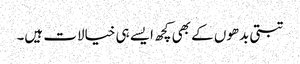
تبتی بدھوں کے بھی کچھ ایسے ہی خیالات ہیں۔